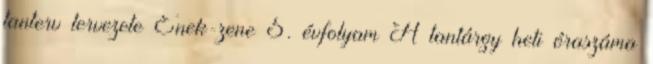
tanterv tervezete Ének-zene 5. évfolyam A tantárgy heti óraszáma